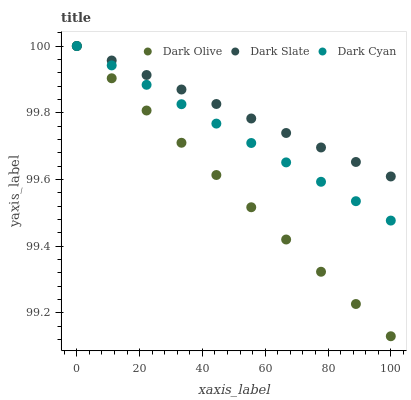
| xaxis_label | Dark Olive | Dark Slate | Dark Cyan |
 | --- | --- | --- | --- |
 | 0 | 100 | 100 | 100 |
 | 11.1 | 99.9 | 100 | 99.9 |
 | 22.2 | 99.8 | 99.9 | 99.9 |
 | 33.3 | 99.7 | 99.9 | 99.8 |
 | 44.4 | 99.6 | 99.8 | 99.8 |
 | 55.6 | 99.5 | 99.8 | 99.7 |
 | 66.7 | 99.4 | 99.7 | 99.7 |
 | 77.8 | 99.3 | 99.7 | 99.6 |
 | 88.9 | 99.2 | 99.7 | 99.5 |
 | 100 | 99.1 | 99.6 | 99.5 |